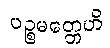
ပဉ္စမတ္တေဟိ